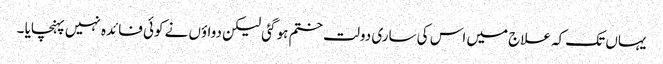
یہاں تک کہ علاج میں اس کی ساری دولت ختم ہو گئی لیکن دواؤں نے کوئی فائدہ نہیں پہنچایا ۔